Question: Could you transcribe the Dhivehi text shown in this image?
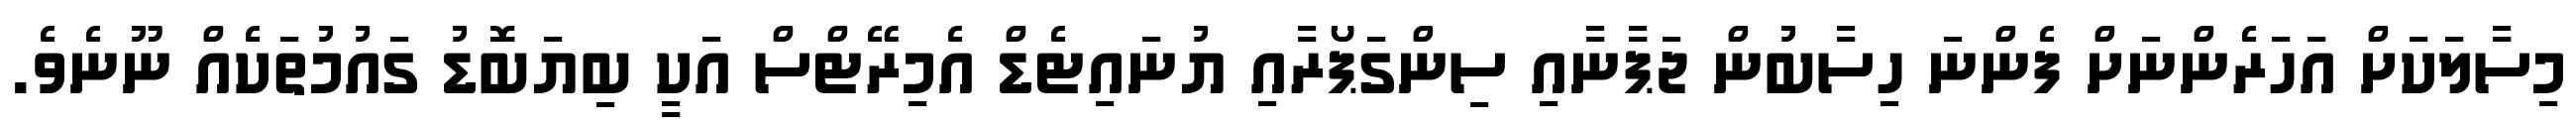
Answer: މިސާލަކަށް އަހަރެންނަށް ފެންނަ ހިސާބުން ޖަޕާނާއި ސިންގަޕޯރާއި ޔުނައިޓެޑް އެމިރޭޓްސް އަކީ ބިޔަބޮޑު ގައުމުތަކެއް ނޫނެވެ.